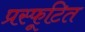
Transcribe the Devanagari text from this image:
प्रस्फूटित